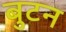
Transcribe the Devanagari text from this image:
बुटन